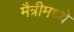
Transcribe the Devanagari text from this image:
मैत्रीमध्ये